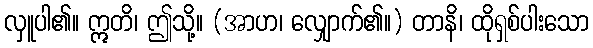
လှူပါ၏။ ဣတိ၊ ဤသို့။ (အာဟ၊ လျှောက်၏။) တာနိ၊ ထိုရှစ်ပါးသော